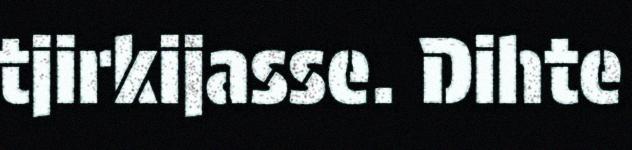
tjirkijasse. Dihte